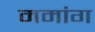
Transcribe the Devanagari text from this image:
ममांग